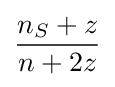
{\frac {n_{S}+z}{n+2z}}